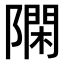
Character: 𨼝